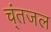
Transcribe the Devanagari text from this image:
च्ंतजल